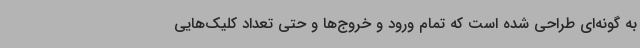
به گونه‌ای طراحی شده است که تمام ورود و خروج‌ها و حتی تعداد کلیک‌هایی